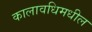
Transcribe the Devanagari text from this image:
कालावधिमधील